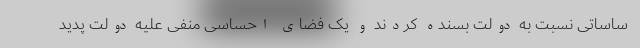
ساساتی نسبت به دولت بسنده کردند و یک فضای احساسی منفی علیه دولت پدید